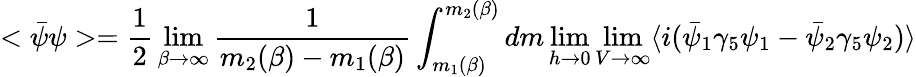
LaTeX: <\bar{\psi}\psi>={\frac{1}{2}}\operatorname*{lim}_{\beta\rightarrow\infty}{\frac{1}{m_{2}(\beta)-m_{1}(\beta)}}\int_{m_{1}(\beta)}^{m_{2}(\beta)}dm\operatorname*{lim}_{h\rightarrow 0}\operatorname*{lim}_{V\rightarrow\infty}\langle i(\bar{\psi}_{1}\gamma_{5}\psi_{1}-\bar{\psi}_{2}\gamma_{5}\psi_{2})\rangle